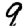
Digit: 9